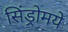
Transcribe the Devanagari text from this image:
सिंड्रोमये